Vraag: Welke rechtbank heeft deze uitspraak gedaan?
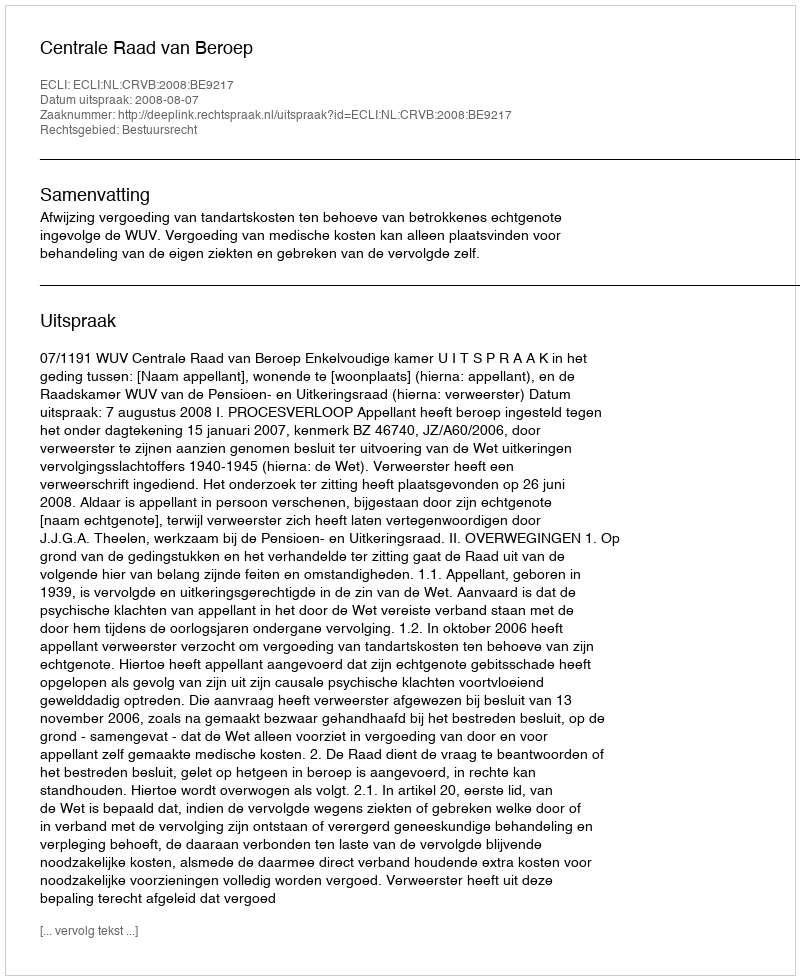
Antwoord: Centrale Raad van Beroep